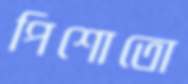
পিশোতো